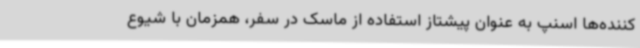
کننده‌ها اسنپ به عنوان پیشتاز استفاده از ماسک در سفر، همزمان با شیوع